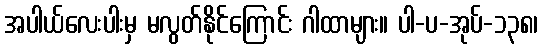
အပါယ်လေးပါးမှ မလွတ်နိုင်ကြောင်း ဂါထာများ။ ပါ-ပ-အုပ်-၁၃၈၊